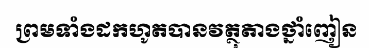
ព្រមទាំងដកហូតបានវត្ថុតាងថ្នាំញៀន